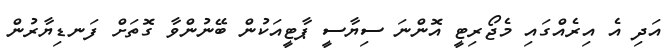
އަދި އެ އިރެއްގައި މެޖޯރިޓީ އޮންނަ ސިޔާސީ ޕާޓީއަކުން ބޭނުންވާ ގޮތަށް ފަނޑިޔާރުން